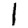
Digit: 1